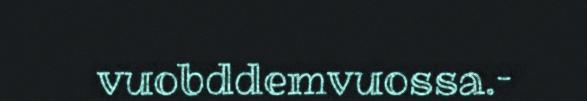
vuobddemvuossa.–